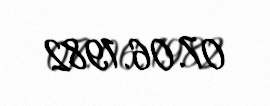
07.06.1982